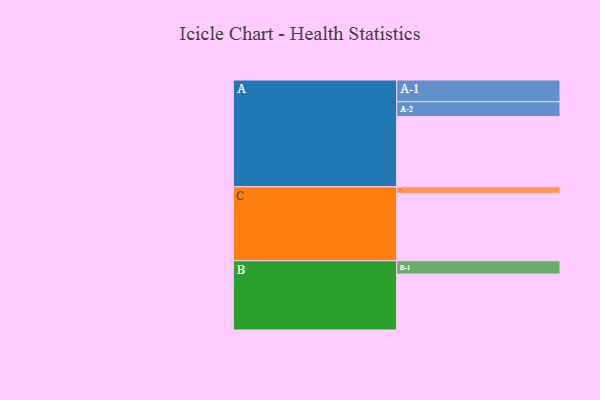
{"axis": {"x": "Segment", "y": "Value"}, "legend": ["", "A", "B", "C"], "data": [{"x": "A", "y": 590, "type": ""}, {"x": "B", "y": 470, "type": ""}, {"x": "C", "y": 567, "type": ""}, {"x": "A-1", "y": 183, "type": "A"}, {"x": "A-2", "y": 125, "type": "A"}, {"x": "B-1", "y": 112, "type": "B"}, {"x": "C-1", "y": 55, "type": "C"}]}